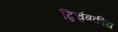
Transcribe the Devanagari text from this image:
द्विचुंबकीय